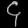
Digit: ၄